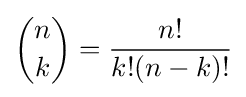
{\binom {n}{k}}={\frac {n!}{k!(n-k)!}}